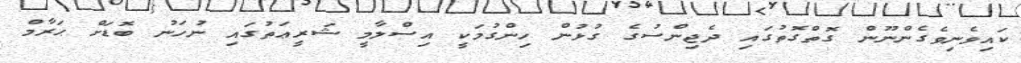
ކައިވެނިވެގެންނޫން ގޮތްގޮތުގައި ދެޖިންސުގެ ގުޅުން ހިންގުމަކީ އިސްލާމީ ޝަރީޢަތުގައި ނުހަނު ބޮޑަށް ޙަރާމް